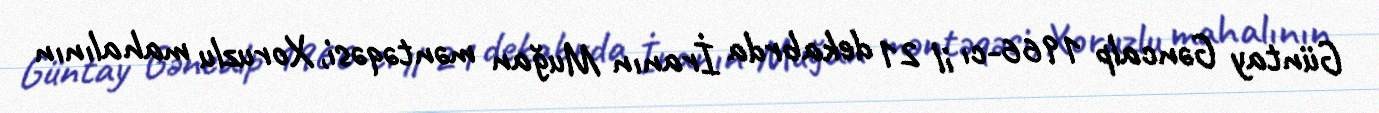
Güntay Gəncalp 1966-cı il 21 dekabrda İranın Muğan məntəqəsi, Xoruzlu mahalının